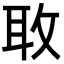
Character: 𫾬